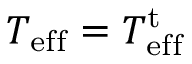
T _ { \mathrm { e f f } } = T _ { \mathrm { e f f } } ^ { \mathrm { t } }